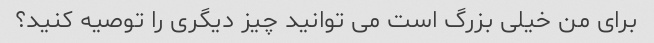
برای من خیلی بزرگ است می توانید چیز دیگری را توصیه کنید؟